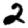
Digit: 2